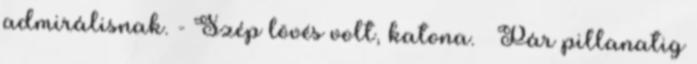
admirálisnak. - Szép lövés volt, katona. – Pár pillanatig